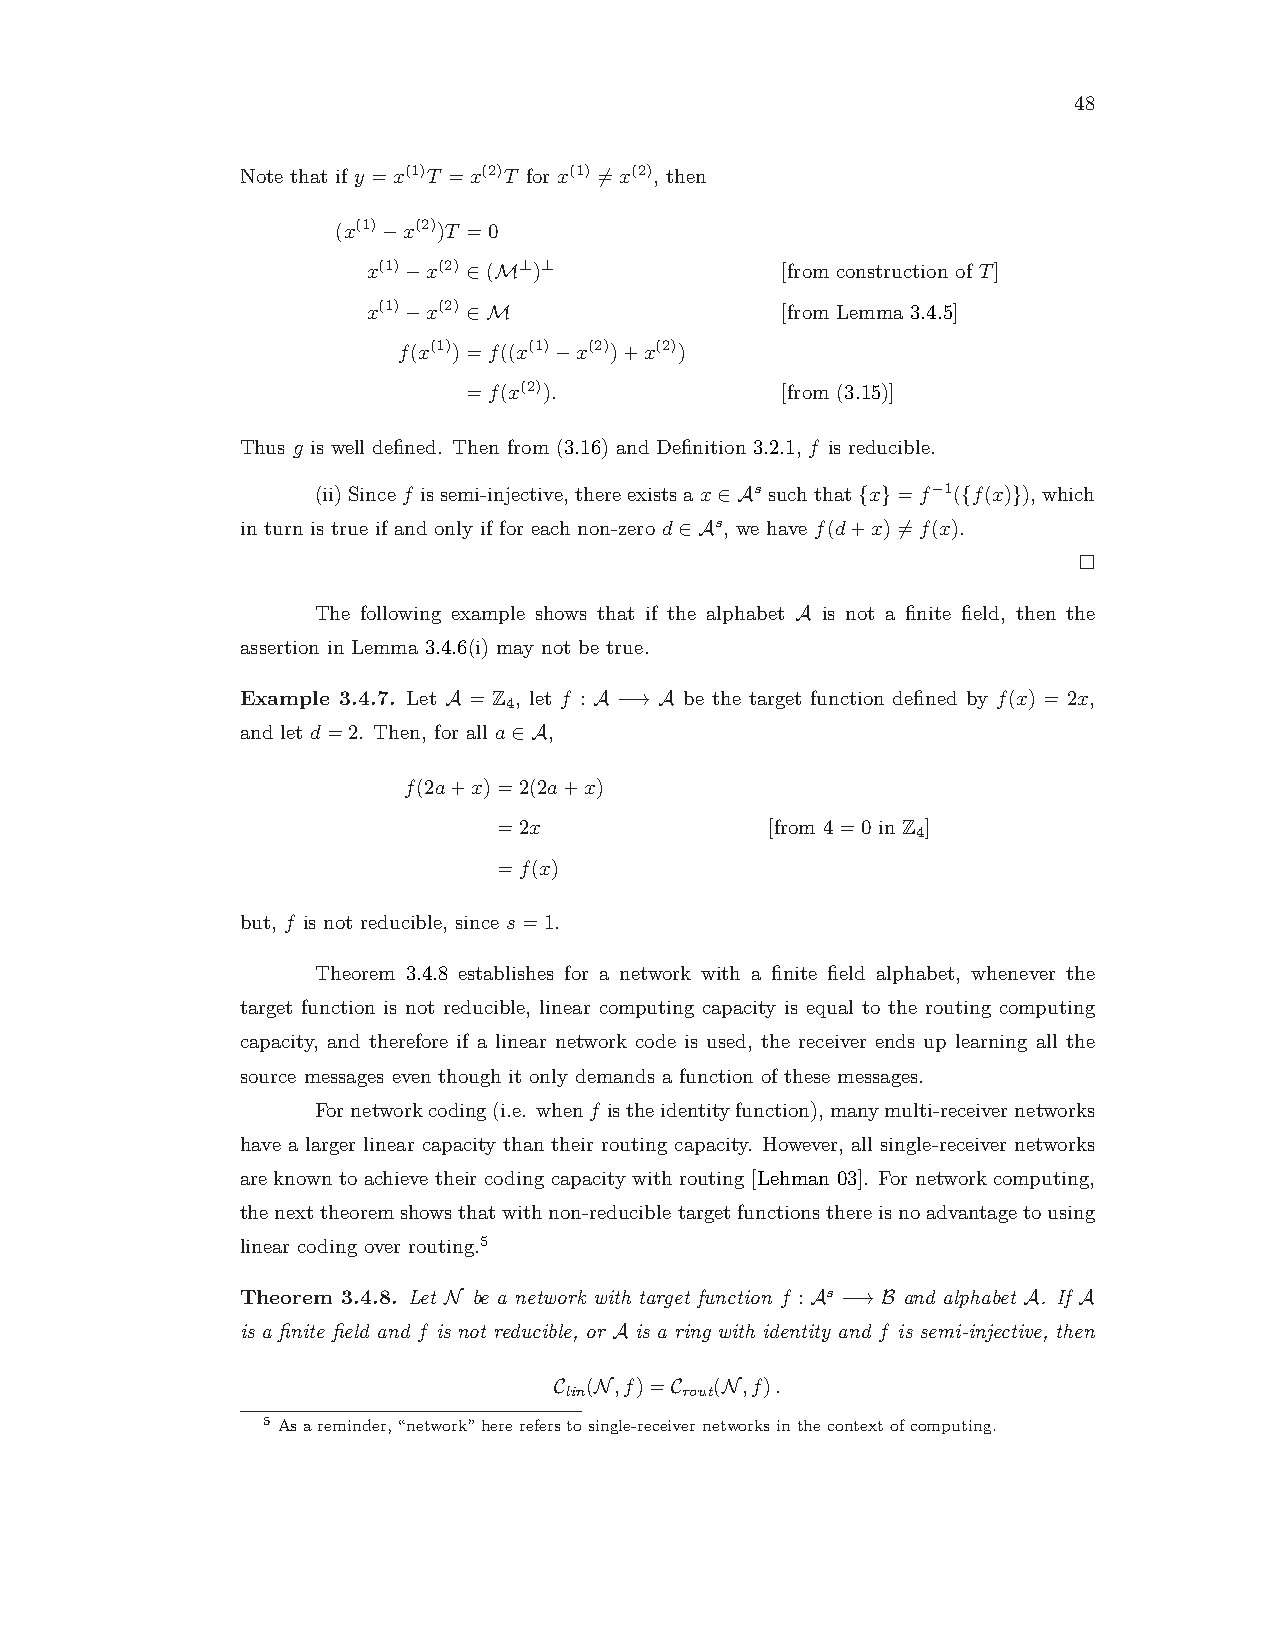
48
 Note that if y =x(1)T =x(2)T for x(1) 6=x(2), then
 (x(1)−x(2))T =0
 x(1)−x(2) ∈(M⊥)⊥            [from construction of T]
 x(1)−x(2) ∈M                [from Lemma 3.4.5]
 f(x(1))=f((x(1)−x(2))+x(2))
 =f(x(2)).            [from (3.15)]
 Thus g is well defined. Then from (3.16) and Definition 3.2.1, f is reducible.
 (ii)Sincef issemi-injective,thereexistsax∈As suchthat{x}=f−1({f(x)}),which
 in turn is true if and only if for each non-zero d∈As, we have f(d+x)6=f(x).
 The following example shows that if the alphabet A is not a finite field, then the
 assertion in Lemma 3.4.6(i) may not be true.
 Example 3.4.7. Let A = Z , let f : A −→ A be the target function defined by f(x) = 2x,
 4
 and let d=2. Then, for all a∈A,
 f(2a+x)=2(2a+x)
 =2x               [from 4=0 in Z ]
 4
 =f(x)
 but, f is not reducible, since s=1.
 Theorem 3.4.8 establishes for a network with a finite field alphabet, whenever the
 target function is not reducible, linear computing capacity is equal to the routing computing
 capacity, and therefore if a linear network code is used, the receiver ends up learning all the
 source messages even though it only demands a function of these messages.
 Fornetworkcoding(i.e. whenf istheidentityfunction),manymulti-receivernetworks
 have a larger linear capacity than their routing capacity. However, all single-receiver networks
 are known to achieve their coding capacity with routing [Lehman 03]. For network computing,
 thenexttheoremshowsthatwithnon-reducibletargetfunctionsthereisnoadvantagetousing
 linear coding over routing.5
 Theorem 3.4.8. Let N be a network with target function f :As −→B and alphabet A. If A
 is a finite field and f is not reducible, or A is a ring with identity and f is semi-injective, then
 C (N,f)=C (N,f).
 lin     rout
 5 Asareminder,“network”herereferstosingle-receivernetworksinthecontextofcomputing.